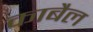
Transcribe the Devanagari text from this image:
काबैल